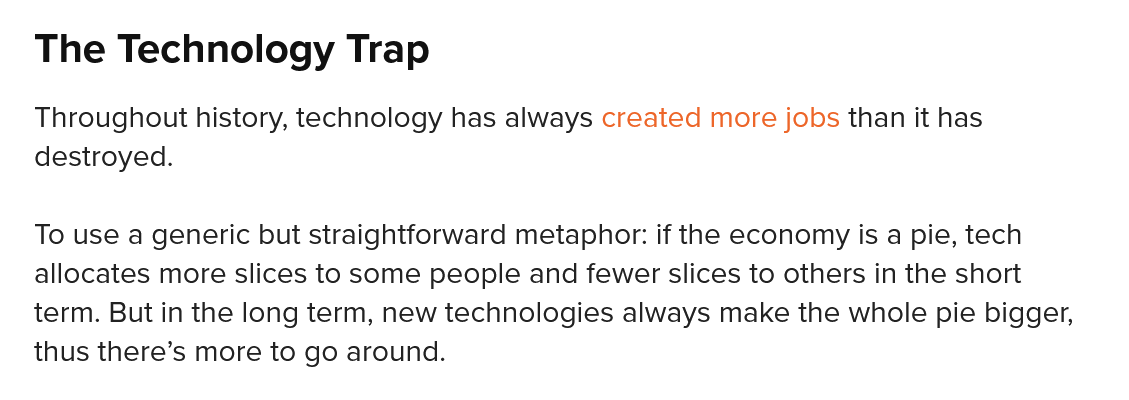
The  Technology    Trap
   Throughout history, technology has always created more jobs than it has
   destroyed.
   To use a generic but straightforward metaphor: if the economy is a pie, tech
   allocates more slices to some people and fewer slices to others in the short
   term. But in the long term, new technologies always make the whole pie bigger,
   thus there’s more to go around.